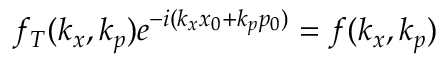
f _ { T } ( k _ { x } , k _ { p } ) e ^ { - i ( k _ { x } x _ { 0 } + k _ { p } p _ { 0 } ) } = f ( k _ { x } , k _ { p } )